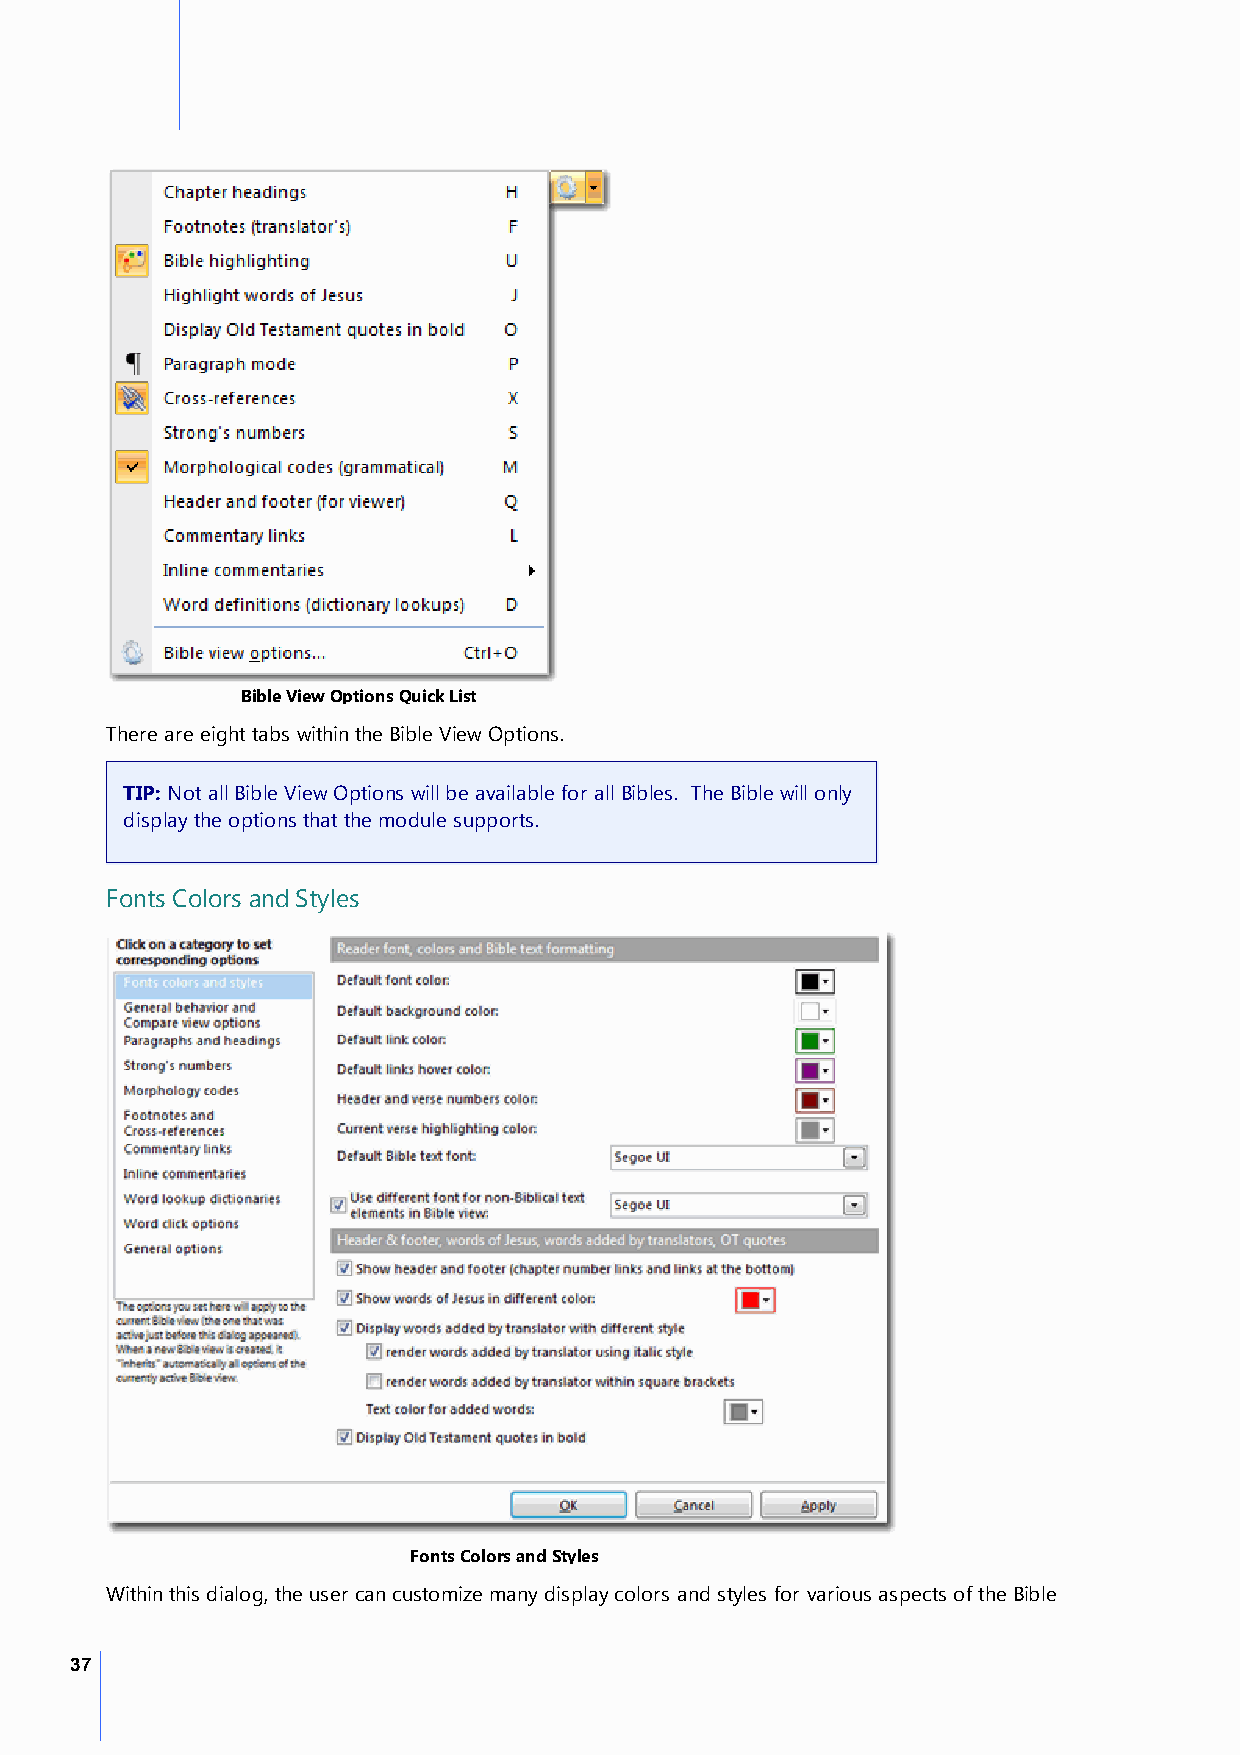
Bible View Options Quick List
 There are eight tabs within the Bible View Options.
 TIP: Not all Bible View Options will be available for all Bibles. The Bible will only
 display the options that the module supports.
 Fonts Colors and Styles
 Fonts Colors and Styles
 Within this dialog, the user can customize many display colors and styles for various aspects of the Bible
 37